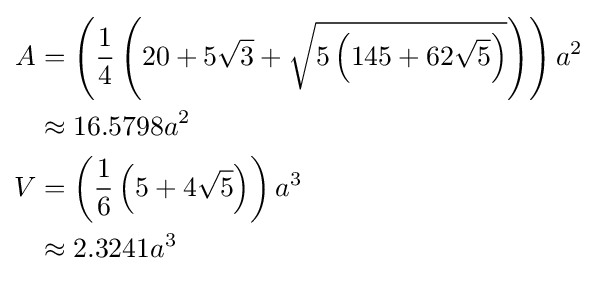
{\begin{aligned}A&=\left({\frac {1}{4}}\left(20+5{\sqrt {3}}+{\sqrt {5\left(145+62{\sqrt {5}}\right)}}\right)\right)a^{2}\\&\approx 16.5798a^{2}\\V&=\left({\frac {1}{6}}\left(5+4{\sqrt {5}}\right)\right)a^{3}\\&\approx 2.3241a^{3}\end{aligned}}